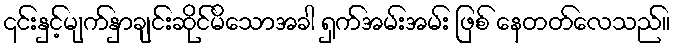
၎င်းနှင့်မျက်နှာချင်းဆိုင်မိသောအခါ ရှက်အမ်းအမ်း ဖြစ် နေတတ်လေသည်။